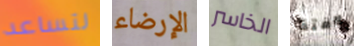
لتساعد الإرضاء الخاسر لافتة